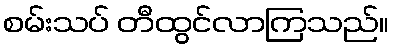
စမ်းသပ် တီထွင်လာကြသည်။